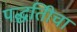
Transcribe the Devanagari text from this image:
पद्धतिीचा